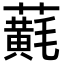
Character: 𧃂